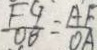
\frac { F G } { O B } = \frac { A F } { O A }